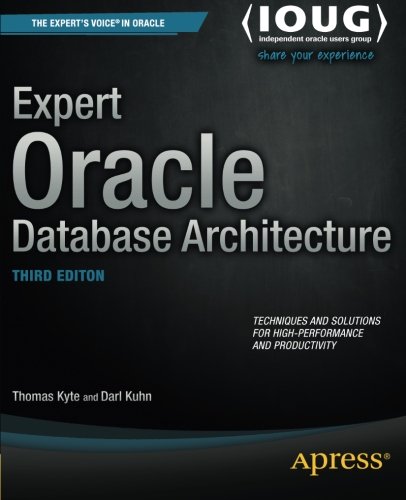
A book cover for Expert Oracle Database Architecture; Thomas Kyte; Computers & Technology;